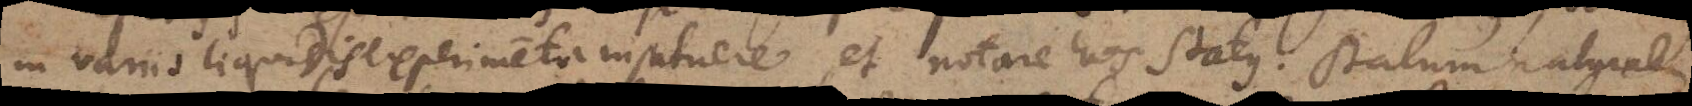
in variis liquidis experimenta instituere, et notare hos status: statum naturalem,